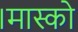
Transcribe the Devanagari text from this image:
।मास्को